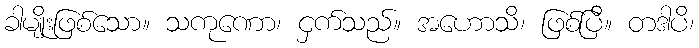
ခါမျိုးဖြစ်သော။ သကုဏော၊ ငှက်သည်။ အဟောသိ၊ ဖြစ်ပြီ။ တဒါပိ၊